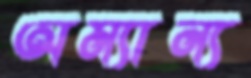
অম্যান্য